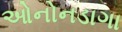
ઓનોનડાગા